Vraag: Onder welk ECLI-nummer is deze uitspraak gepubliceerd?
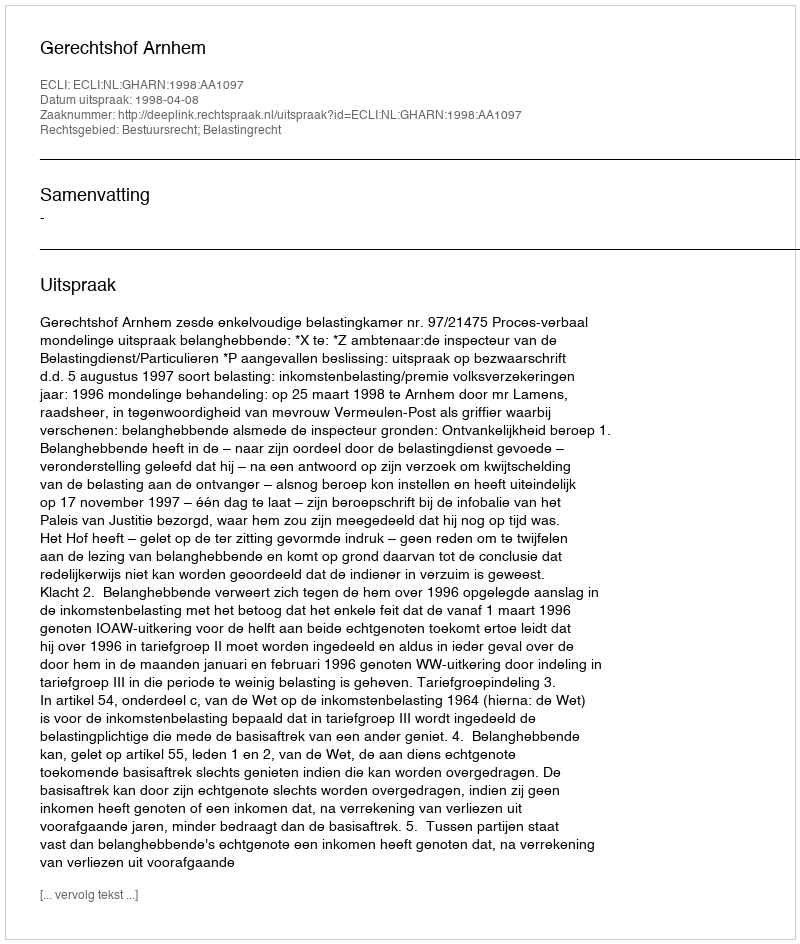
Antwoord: ECLI:NL:GHARN:1998:AA1097